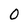
Character: 0